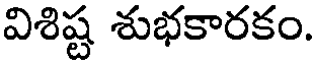
విశిష్ట శుభకారకం.